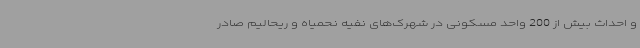
و احداث بیش از 200 واحد مسکونی در شهرک‌های نفیه نحمیاه و ریحالیم صادر